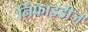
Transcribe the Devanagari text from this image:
निंफाइडीज